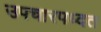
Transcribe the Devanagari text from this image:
उपचारपध्दत